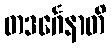
တဒင်္ဂေနာတိ